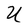
Character: U